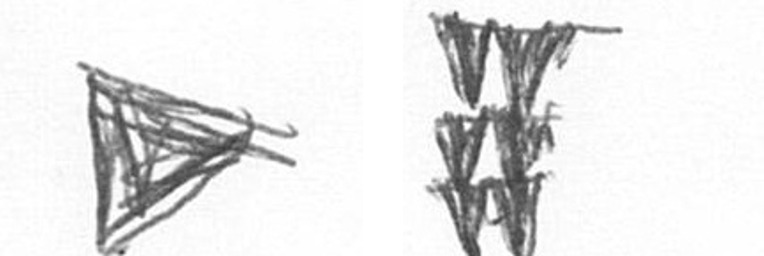
T Y